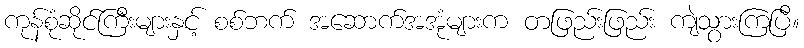
ကုန်စုံဆိုင်ကြီးများနှင့် စစ်ဘက် အဆောက်အအုံများက တဖြည်းဖြည်း ကျဲသွားကြပြီ။